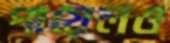
পায়েলও